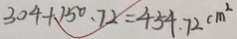
3 0 4 + 1 5 0 . 7 2 = 4 5 4 . 7 2 c m ^ { 2 }